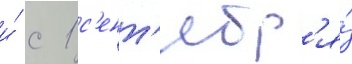
и́ с 1 с'ент'ябр'я́